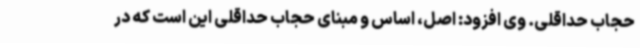
حجاب حداقلی. وی افزود: اصل، اساس و مبنای حجاب حداقلی این است که در